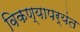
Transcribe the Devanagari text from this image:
विकण्यापर्यंत